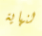
لنهاية